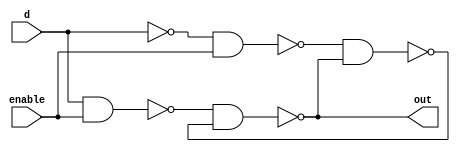
module D_latch(d, enable, out);
	input d, enable;
	output out;
	wire w1, w2, n_out;
	
	nand(w1, d, enable);
	nand(w2, !d, enable);
	nand(out, w1, n_out);
	nand(n_out, w2, out);
endmodule